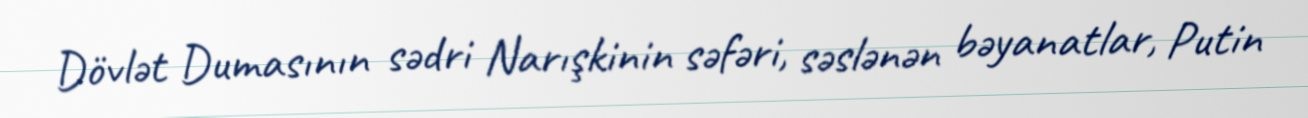
Dövlət Dumasının sədri Narışkinin səfəri, səslənən bəyanatlar, Putin